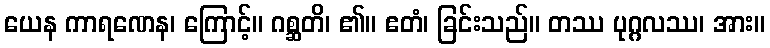
ယေန ကာရဏေန၊ ကြောင့်။ ဂစ္ဆတိ၊ ၏။ ဧတံ၊ ခြင်းသည်။ တဿ ပုဂ္ဂလဿ၊ အား။